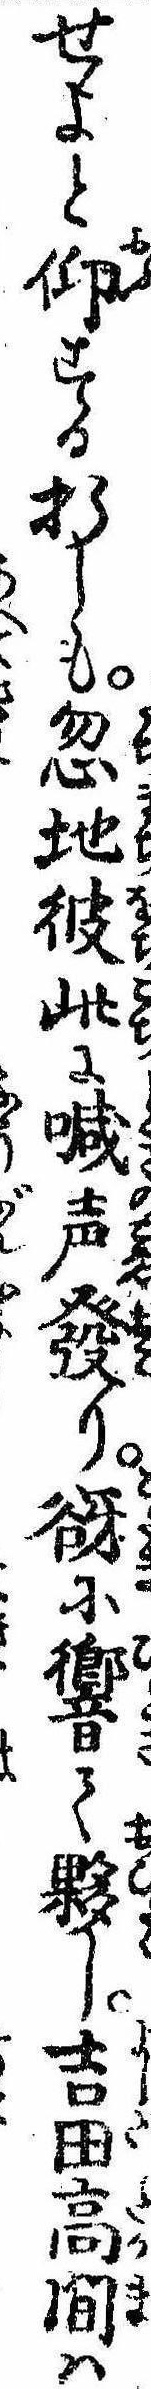
せよと仰する折しも忽地彼此に喊声発り谺に響て夥し吉田高間は